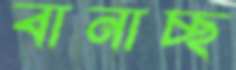
বানাচ্ছ